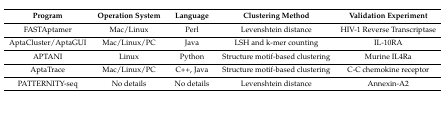
<table><thead><tr><td><b>Program</b></td><td><b>Operation System</b></td><td><b>Language</b></td><td><b>Clustering Method</b></td><td><b>Validation Experiment</b></td></tr></thead><tbody><tr><td>FASTAptamer</td><td>Mac/Linux</td><td>Perl</td><td>Levenshtein distance</td><td>HIV-1 Reverse Transcriptase</td></tr><tr><td>AptaCluster/AptaGUI</td><td>Mac/Linux/PC</td><td>Java</td><td>LSH and k-mer counting</td><td>IL-10RA</td></tr><tr><td>APTANI</td><td>Linux</td><td>Python</td><td>Structure motif-based clustering</td><td>Murine IL4Ra</td></tr><tr><td>AptaTrace</td><td>Mac/Linux/PC</td><td>C++, Java</td><td>Structure motif-based clustering</td><td>C-C chemokine receptor</td></tr><tr><td>PATTERNITY-seq</td><td>No details</td><td>No details</td><td>Levenshtein distance </td><td>Annexin-A2</td></tr></tbody></table>